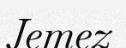
Jemez